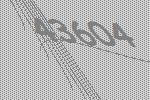
43604